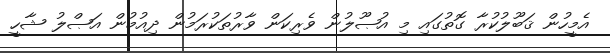
އެމީހުން ޤަބޫލުކުރާ ގޮތުގައި މި އުޞޫލުން ވެރިކަން ވާރުތަކުރަމުން ދިއުމުން އަޞްލު ޝާހީ